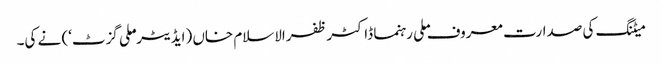
میٹنگ کی صدارت معروف ملی رہنما ڈاکٹر ظفرالاسلام خاں (ایڈیٹر ’ملی گزٹ‘) نے کی۔